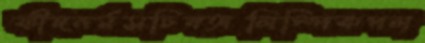
ফীদনর্মসচিবঅলিম্পিকপল্